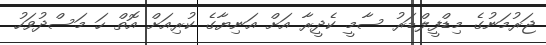
ޖަރުމަނުގެ މިޑްފީލްޑަރު ސާމީ ކެދީރާ އަށް އަނިޔާގެ ކުރިއަށް އޮތް ހަ މަސްދުވަހު